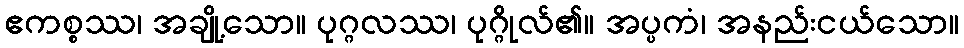
ဧကစ္စဿ၊ အချို့သော။ ပုဂ္ဂလဿ၊ ပုဂ္ဂိုလ်၏။ အပ္ပကံ၊ အနည်းငယ်သော။